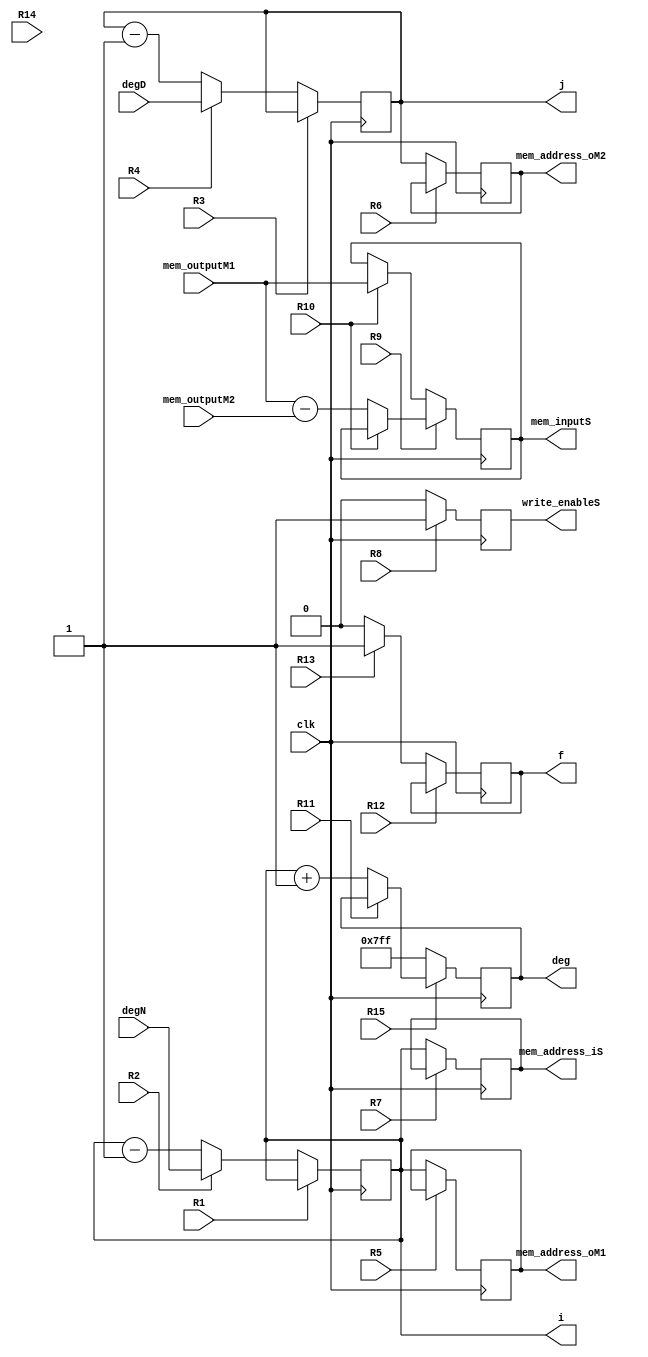
`timescale 1ns / 1ps
//////////////////////////////////////////////////////////////////////////////////
// Company: 
// Engineer: 
// 
// Design Name: 
// Module Name: Subpolydiv_DP
// Project Name: 
// Target Devices: 
// Tool Versions: 
// Description: 
// 
// Dependencies: 
// 
// Revision:
// Revision 0.01 - File Created
// Additional Comments:
// 
//////////////////////////////////////////////////////////////////////////////////


module Subpolydiv_DP(
    input clk,
    input R1, R2,R3, R4, R5,R6,R7, R8, R9, R10, R11, R12, R13, R14, R15,
    input [12:0]mem_outputM1,
    input [12:0]mem_outputM2,
    input [10:0]degN, degD,
    output reg[12:0]mem_inputS,
    output reg[10:0]mem_address_iS,
    output reg[10:0]mem_address_oM1,
    output reg[10:0]mem_address_oM2,
    output reg[10:0]j,
    output reg[10:0]i, deg,
    output reg write_enableS, f 
    );

    wire [12:0] nextmem_inputS;
    wire [10:0] nextmem_addres_iS;
    wire [10:0] nextmem_addres_oM1;
    wire [10:0] nextmem_addres_oM2;
    wire [10:0] nexti,nextj;
    wire [10:0] nextdeg;    
    wire nextwrite_enableS,nextf;
    
    // Registro M
    always @(posedge clk)
        mem_inputS <= nextmem_inputS;
    // Parte combinacional de M
    assign nextmem_inputS = R9 ? R10 ? (mem_inputS): (mem_outputM1-mem_outputM2) : R10 ? (mem_outputM1): (mem_inputS);
    
    // Registro A
    always @(posedge clk)
        i <= nexti;
    assign nexti = R1 ? R2 ? (i): (i) : R2 ? (degN): (i-1);
    
    always @(posedge clk)
        f <= nextf;
    assign nextf = R12 ? R13 ? (f): (f) : R13 ? (1): (0);
    
    always @(posedge clk)
        mem_address_oM1 <= nextmem_addres_oM1;
    // Parte combinacional de RP
    assign nextmem_addres_oM1 = R5 ?  mem_address_oM1 : (i);
    
    always @(posedge clk)
        mem_address_oM2 <= nextmem_addres_oM2;
    // Parte combinacional de RP
    assign nextmem_addres_oM2 = R6 ? mem_address_oM2: (j);
    
    always @(posedge clk)
        mem_address_iS <= nextmem_addres_iS;
    // Parte combinacional de RP
    assign nextmem_addres_iS =R7 ? (mem_address_iS): (i);
    
    always @(posedge clk)
        write_enableS <= nextwrite_enableS;
    // Parte combinacional de RP
    assign nextwrite_enableS = R8 ? (1'b1):(1'b0);
    
    // Registro M
    always @(posedge clk)
        j <= nextj;
    // Parte combinacional de M
    assign nextj =R3 ? R4 ? (j): (j) : R4 ? (degD): (j-1);
    // Registro M
    always @(posedge clk)
        deg <= nextdeg;
    // Parte combinacional de M
    assign nextdeg = R15 ? R11 ? (deg):(i+1):11'd2047;

endmodule